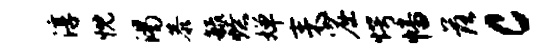
淳忱渴恭毓燎婵耒窟愕幡落c